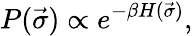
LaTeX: P(\vec{\sigma})\propto e^{-\beta H(\vec{\sigma})},